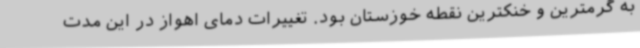
به گرمترین و خنکترین نقطه خوزستان بود. تغییرات دمای اهواز در این مدت